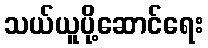
သယ်ယူပို့ဆောင်ရေး